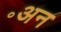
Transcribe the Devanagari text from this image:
॰अन